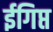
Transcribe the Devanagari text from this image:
ईगिप्त